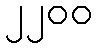
၂၂၀၀